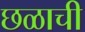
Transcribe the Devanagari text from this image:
छळाची